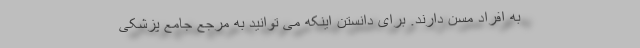
به افراد مسن دارند. برای دانستن اینکه می توانید به مرجع جامع پزشکی